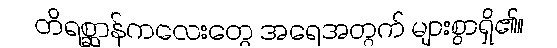
တိရစ္ဆာန်ကလေးတွေ အရေအတွက် များစွာရှိ၏။